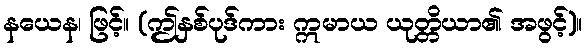
နယေန၊ ဖြင့်။ (ဤနှစ်ပုဒ်ကား ဣမာယ ယုတ္တိယာ၏ အဖွင့်)။